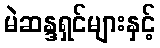
မဲဆန္ဒရှင်များနှင့်